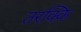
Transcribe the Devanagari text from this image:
तरक्कि